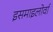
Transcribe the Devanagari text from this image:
इसमाइलोर्वा